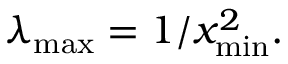
\lambda _ { \operatorname* { m a x } } = 1 / x _ { \operatorname* { m i n } } ^ { 2 } .